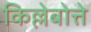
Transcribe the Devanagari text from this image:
किल्लेबोत्ते